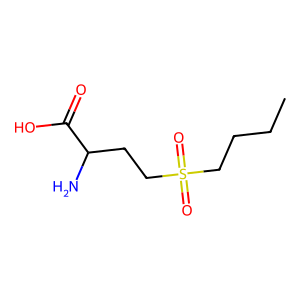
SMILES: CCCCS(=O)(=O)CCC(N)C(=O)O
Inhibits HIV replication: No